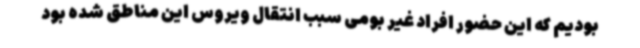
بودیم که این حضور افراد غیر بومی سبب انتقال ویروس این مناطق شده بود